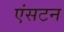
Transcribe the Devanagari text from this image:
एंसटन